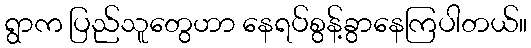
ရွာက ပြည်သူတွေဟာ နေရပ်စွန့်ခွာနေကြပါတယ်။